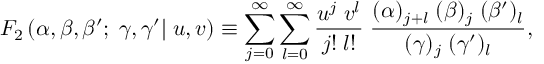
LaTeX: F _ { 2 } \left( \alpha , \beta , \beta ^ { \prime } ; \; \gamma , \gamma ^ { \prime } | \; u , v \right) \equiv \sum _ { j = 0 } ^ { \infty } \sum _ { l = 0 } ^ { \infty } \frac { u ^ { j } \; v ^ { l } } { j ! \; l ! } \; \frac { ( \alpha ) _ { j + l } \; ( \beta ) _ { j } \; ( \beta ^ { \prime } ) _ { l } } { ( \gamma ) _ { j } \; ( \gamma ^ { \prime } ) _ { l } } ,